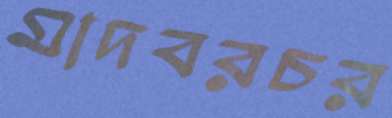
মাদবরচর